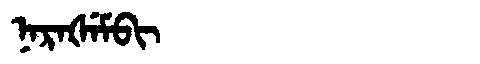
Manchu: ᠨᠠᡵᠠᡧᡝᠮᠪᡳ
Romanization: NARAŠEMBI